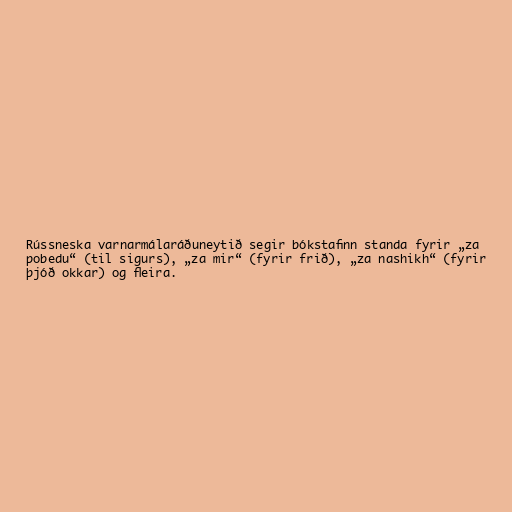
Rússneska varnarmálaráðuneytið segir bókstafinn standa fyrir „za
pobedu“ (til sigurs), „za mir“ (fyrir frið), „za nashikh“ (fyrir
þjóð okkar) og fleira.